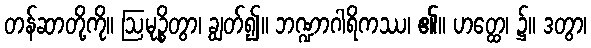
တန်ဆာတို့ကို။ ဩမုဉ္စိတွာ၊ ချွတ်၍။ ဘဏ္ဍာဂါရိကဿ၊ ၏။ ဟတ္ထေ၊ ၌။ ဒတွာ၊